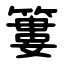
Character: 簍